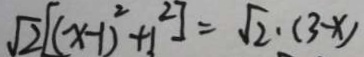
\sqrt { 2 } [ ( x - 1 ) ^ { 2 } + 3 ^ { 2 } ] = \sqrt { 2 } \cdot ( 3 - x )